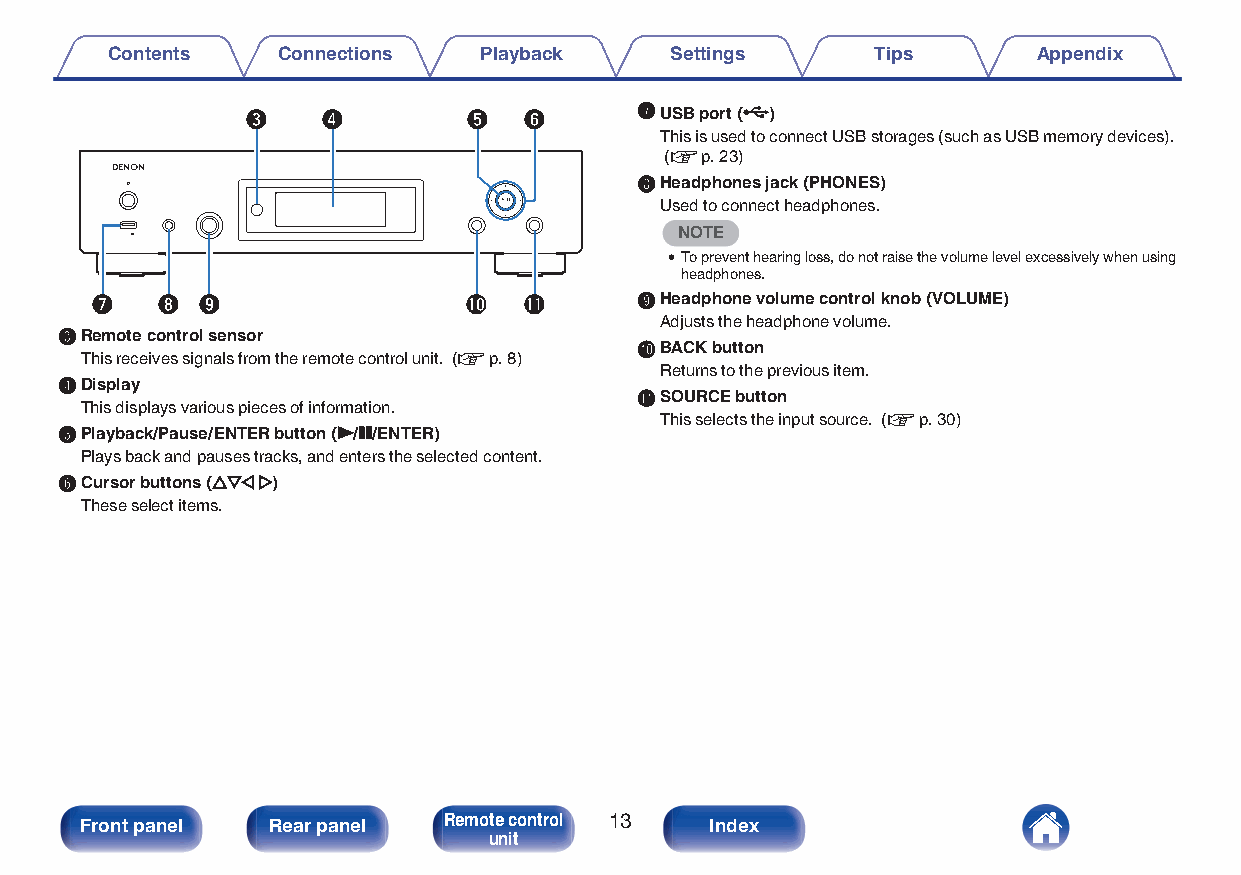
Contents   Connections   Playback    Settings      Tips       Appendix
 e    r         t   y      GUSB port (T)
 This is used to connect USB storages (such as USB memory devices).
 (v p. 23)
 HHeadphones jack (PHONES)
 Used to connect headphones.
 NOTE
 0To prevent hearing loss, do not raise the volume level excessively when using
 headphones.
 u   i  o                 Q0  Q1     IHeadphone volume control knob (VOLUME)
 Adjusts the headphone volume.
 CRemote control sensor
 JBACK button
 This receives signals from the remote control unit. (v p. 8)
 Returns to the previous item.
 DDisplay
 KSOURCE button
 This displays various pieces of information.
 This selects the input source. (v p. 30)
 EPlayback/Pause/ENTER button (1/3/ENTER)
 Plays back and pauses tracks, and enters the selected content.
 FCursor buttons (uio p)
 These select items.
 Front panel  Rear panel Remote control 13 Index
 unit